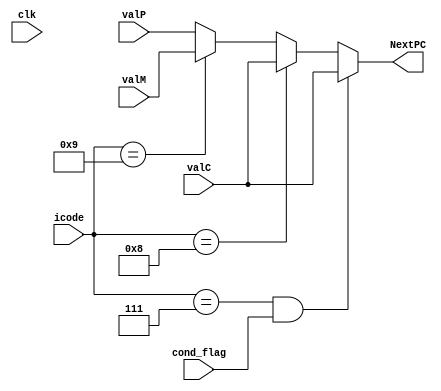
module PC_update(icode,valP,valC,valM,cond_flag, NextPC,clk);

input wire clk;
input wire cond_flag;
input wire [3:0] icode;
input wire [63:0] valP, valC, valM;

output reg [63:0] NextPC;

always@(*) begin
    
    // conditional moves (no matter move occurs or not, still PC needs to get updated)

    if(icode == 4'b0111 && cond_flag == 1) begin   // jump
        NextPC=valC;
    end

    else if(icode == 4'b1000) begin  //  call
        NextPC=valC;
    end

    else if(icode == 4'b1001) begin   // ret
        NextPC=valM;
    end

    else begin
        NextPC=valP;
    end

end

endmodule